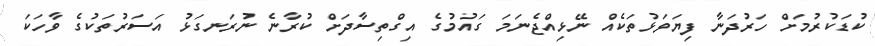
ކުޑަކުރުމަށް ހަރުދަނާ ފިޔަވަޅުތަކެއް ނޭޅިއްޖެނަމަ ގައުމުގެ އިގްތިސާދަށް ކުރާނެ ނުރަނގަޅު އަސަރުތަކުގެ ވާހަކަ